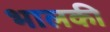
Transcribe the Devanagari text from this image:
भालकी